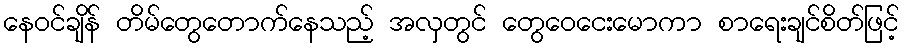
နေဝင်ချိန် တိမ်တွေတောက်နေသည့် အလှတွင် တွေဝေငေးမောကာ စာရေးချင်စိတ်ဖြင့်